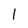
Character: 1